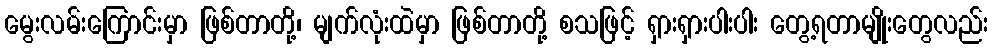
မွေးလမ်းကြောင်းမှာ ဖြစ်တာတို့၊ မျက်လုံးထဲမှာ ဖြစ်တာတို့ စသဖြင့် ရှားရှားပါးပါး တွေ့ရတာမျိုးတွေလည်း